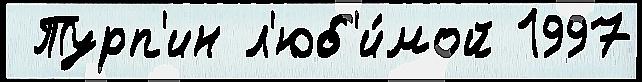
 Турп'ин л'юб'и́мой 1997